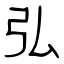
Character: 弘